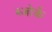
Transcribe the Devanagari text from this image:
ब्जोर्क